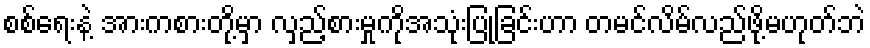
စစ်ရေးနဲ့ အားကစားတို့မှာ လှည့်စားမှုကိုအသုံးပြုခြင်းဟာ တမင်လိမ်လည်ဖို့မဟုတ်ဘဲ